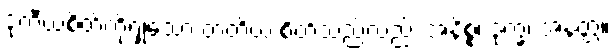
ဒုတီယစိတ်ကိုရှုသော တတိယ စိတ်သည်လည်း အနိစ္စ၊ ဒုက္ခ၊ အနတ္တ။